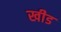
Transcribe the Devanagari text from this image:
खीड